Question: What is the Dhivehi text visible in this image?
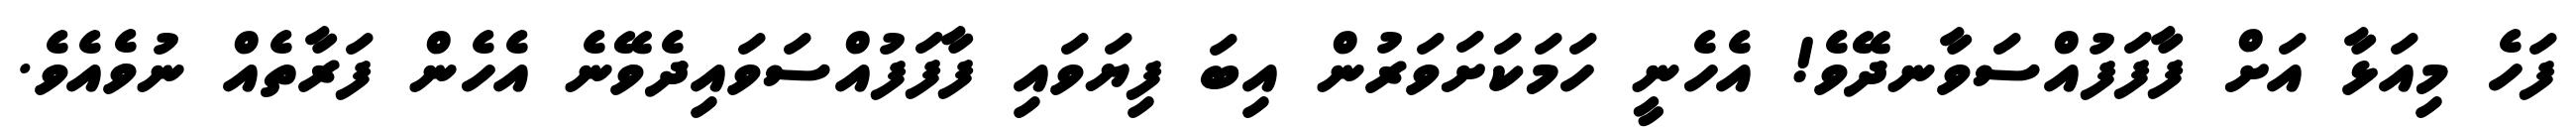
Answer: ފަހެ މިއަޅާ އަށް ފާފަފުއްސަވާނދޭވެ! އެހެނީ ހަމަކަށަވަރުން އިބަ ފިޔަވައި ފާފަފުއްސަވައިދެވޭނެ އެހެން ފަރާތެއް ނުވެއެވެ.